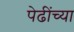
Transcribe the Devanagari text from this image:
पेढींच्या